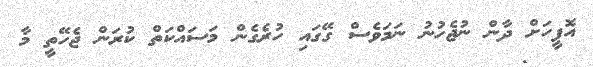
އޮފީހަށް ދާން ނުޖެހުނު ނަމަވެސް ގޭގައި ހުރެގެން މަސައްކަތް ކުރަން ޖެހޭތީ މާ